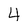
Character: 4